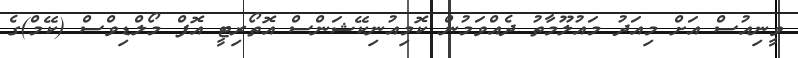
ވީނިއުސް އަށް މިއަދު މައުލޫމާތު ދެއްވަމުން ކޮމިއުނިކޭޝަންސް އޮތޯރިޓީ އޮފް މޯލްޑިވްސް (ކޭމް)ގެ